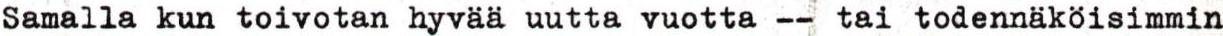
Samalla kun toivotan hyvää uutta vuotta -- tai todennäköisimmin